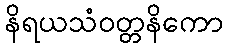
နိရယသံဝတ္တနိကော